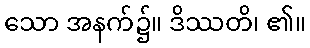
သော အနက်၌။ ဒိဿတိ၊ ၏။